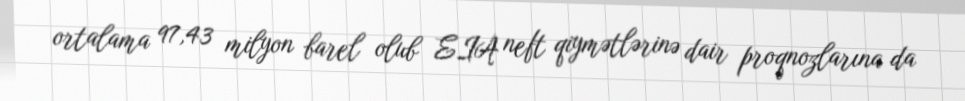
ortalama 97,43 milyon barel olub EIA neft qiymətlərinə dair proqnozlarına da